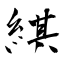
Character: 綨